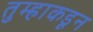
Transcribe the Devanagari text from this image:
तुम्हाकडून